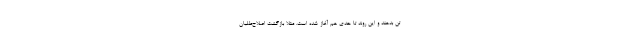
تن بدهند و این روند تا حدی هم آغاز شده است. مثلا بازگشت اصلاح‌طلبان